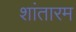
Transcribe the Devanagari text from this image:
शांतारम